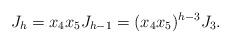
LaTeX: \begin{align*}J_h=x_4x_5 J_{h-1} = (x_4x_5)^{h-3} J_3.\end{align*}